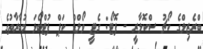
ބްރެޒިލްގެ ކޯޗު ސްކޮލާރީ - ފޮޓޯ: ގެޓީ ވޯލްޑް ކަޕް ފުޓްބޯޅަ މުބާރާތުގެ